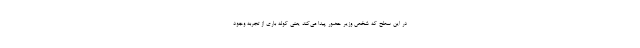
در این سطح که شخص وزیر حضور پیدا می‌کند یعنی کوله باری از تجربه وجود